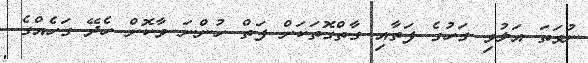
ނުވަތަ އަލުވި ގަހުގެ ފަތާއި ގާތްގޮތަކަށް ފަތް ހުންނަ ވާކޮށް ހެދޭ ގަހެއްގެ